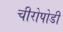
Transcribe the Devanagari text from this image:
चीरोपोडी